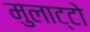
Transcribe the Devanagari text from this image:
मुलाट्टो